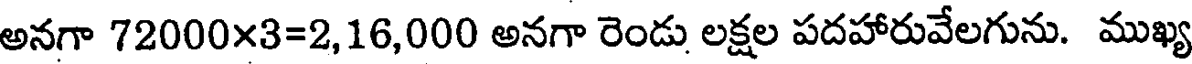
అనగా 72000x3=2,16,000 అనగా రెండు లక్షల పదహారువేలగును. ముఖ్య